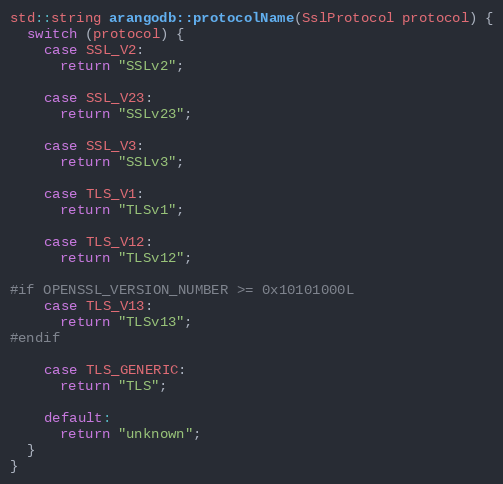
Language: C++
std::string arangodb::protocolName(SslProtocol protocol) {
  switch (protocol) {
    case SSL_V2:
      return "SSLv2";

    case SSL_V23:
      return "SSLv23";

    case SSL_V3:
      return "SSLv3";

    case TLS_V1:
      return "TLSv1";

    case TLS_V12:
      return "TLSv12";

#if OPENSSL_VERSION_NUMBER >= 0x10101000L
    case TLS_V13:
      return "TLSv13";
#endif

    case TLS_GENERIC:
      return "TLS";

    default:
      return "unknown";
  }
}